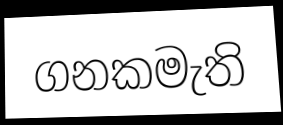
ගනකමැති